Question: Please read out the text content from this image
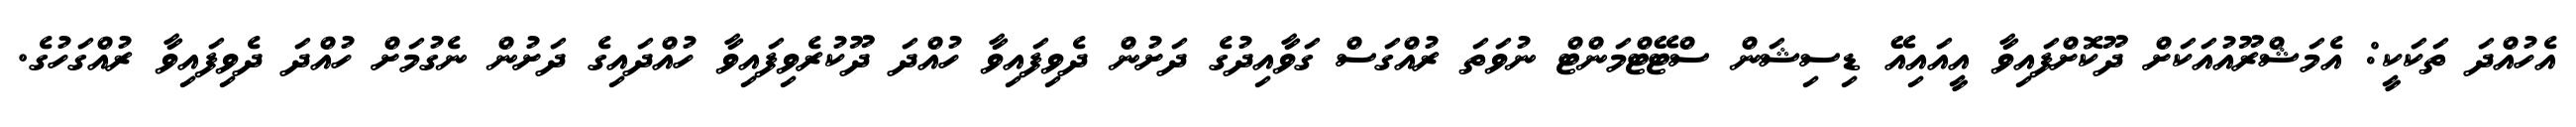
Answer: އެހުއްދަ ތަކަކީ: އެމަޝްރޫއުއަކަށް ދޫކޮށްފައިވާ އީއައިއޭ ޑިސިޝަން ސްޓޭޓްމަންޓް ނުވަތަ ރުއްގަސް ގަވާއިދުގެ ދަށުން ދެވިފައިވާ ހުއްދަ ދޫކުރެވިފައިވާ ހުއްދައިގެ ދަށުން ނެގުމަށް ހުއްދަ ދެވިފައިވާ ރުއްގަހުގެ.